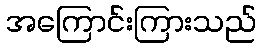
အကြောင်းကြားသည်